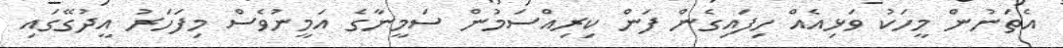
އެތަނުން މީހަކު ވަޅިއެއް ހިފައިގެން ފަން ކިރިއްސަމުން ސަމީނާގެ އަމީނުވެސް މިފަހަރު އީދުގޭގައި